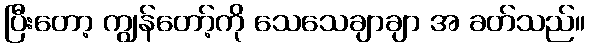
ပြီးတော့ ကျွန်တော့်ကို သေသေချာချာ အ ခတ်သည်။